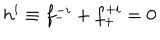
h ^ { i } \equiv f _ { - } ^ { - i } + f _ { + } ^ { + i } = 0